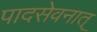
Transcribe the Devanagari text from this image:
पादसेवनात्